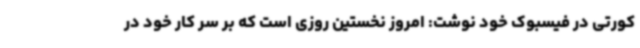
کورتی در فیسبوک خود نوشت: امروز نخستین روزی است که بر سر کار خود در